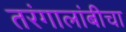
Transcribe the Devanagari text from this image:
तरंगालांबीचा